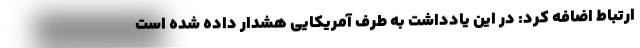
ارتباط اضافه کرد: در این یادداشت به طرف آمریکایی هشدار داده شده است